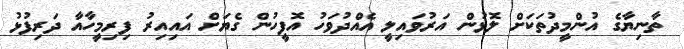
ތާނިޔާގެ އުންމީދުތަކަށް ލޮޅުން އަރުވައިލީ އެއްދުވަހު އޮފީހުން ގެޔަށް އައިއިރު ފިރިމީހާއާ ދަރިފުޅު